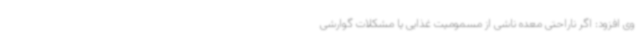
وی افزود: اگر ناراحتی معده ناشی از مسمومیت غذایی یا مشکلات گوارشی